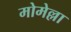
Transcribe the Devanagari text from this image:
मोमेल्ला